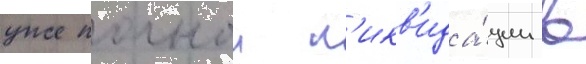
уже полнои л'икв'ида́ции в